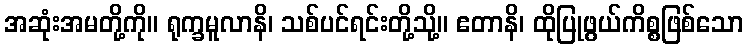
အဆုံးအမတို့ကို။ ရုက္ခမူလာနိ၊ သစ်ပင်ရင်းတို့သို့။ ဧတာနိ၊ ထိုပြုဖွယ်ကိစ္စဖြစ်သော